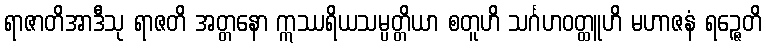
ရာဇာတိအာဒီသု ရာဇတိ အတ္တနော ဣဿရိယသမ္ပတ္တိယာ စတူဟိ သင်္ဂဟဝတ္ထူဟိ မဟာဇနံ ရဉ္ဇေတိ